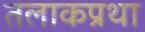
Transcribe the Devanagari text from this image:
तलाकप्रथा